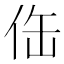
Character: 𱎬